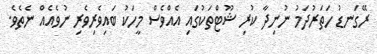
ރޭގަނޑު ހަތަރުދަމު ނުނިދާ ކުރި ޝޫޓްތަކުގައި އެއްވެސް މީހަކު ބައިވެރިވެރި ނުވެއެއް ނެތެވެ.